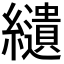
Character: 𦇞